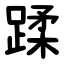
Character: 蹂